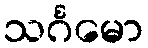
သင်္ဂမော